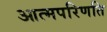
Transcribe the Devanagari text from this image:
आत्मपरिणति